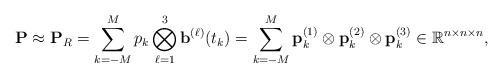
LaTeX: \begin{align*} \mathbf{P} \approx \mathbf{P}_R =\sum_{k=-M}^{M} p_k \bigotimes_{\ell=1}^{3} {\bf b}^{(\ell)}(t_k)= \sum\limits_{k=-M}^{M} {\bf p}^{(1)}_k \otimes {\bf p}^{(2)}_k \otimes {\bf p}^{(3)}_k\in \mathbb{R}^{n\times n \times n}, \end{align*}